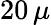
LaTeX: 20\, \mu